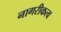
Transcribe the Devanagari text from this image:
नागरीकत्व